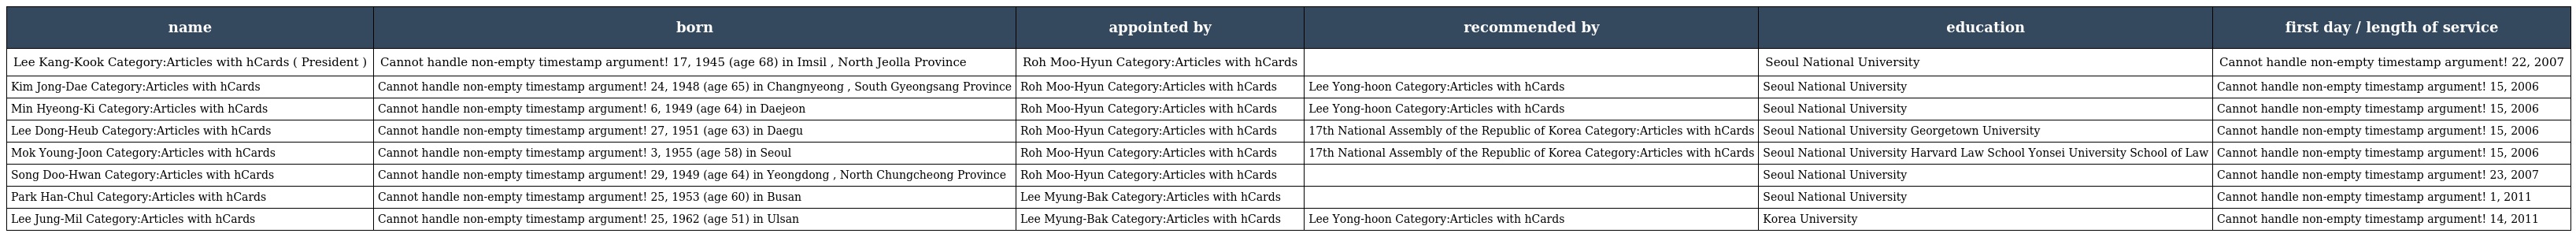
| name | born | appointed by | recommended by | education | first day / length of service |
 | --- | --- | --- | --- | --- | --- |
 | Lee Kang-Kook Category:Articles with hCards ( President ) | Cannot handle non-empty timestamp argument! 17, 1945 (age 68) in Imsil , North Jeolla Province | Roh Moo-Hyun Category:Articles with hCards |  | Seoul National University | Cannot handle non-empty timestamp argument! 22, 2007 |
 | Kim Jong-Dae Category:Articles with hCards | Cannot handle non-empty timestamp argument! 24, 1948 (age 65) in Changnyeong , South Gyeongsang Province | Roh Moo-Hyun Category:Articles with hCards | Lee Yong-hoon Category:Articles with hCards | Seoul National University | Cannot handle non-empty timestamp argument! 15, 2006 |
 | Min Hyeong-Ki Category:Articles with hCards | Cannot handle non-empty timestamp argument! 6, 1949 (age 64) in Daejeon | Roh Moo-Hyun Category:Articles with hCards | Lee Yong-hoon Category:Articles with hCards | Seoul National University | Cannot handle non-empty timestamp argument! 15, 2006 |
 | Lee Dong-Heub Category:Articles with hCards | Cannot handle non-empty timestamp argument! 27, 1951 (age 63) in Daegu | Roh Moo-Hyun Category:Articles with hCards | 17th National Assembly of the Republic of Korea Category:Articles with hCards | Seoul National University Georgetown University | Cannot handle non-empty timestamp argument! 15, 2006 |
 | Mok Young-Joon Category:Articles with hCards | Cannot handle non-empty timestamp argument! 3, 1955 (age 58) in Seoul | Roh Moo-Hyun Category:Articles with hCards | 17th National Assembly of the Republic of Korea Category:Articles with hCards | Seoul National University Harvard Law School Yonsei University School of Law | Cannot handle non-empty timestamp argument! 15, 2006 |
 | Song Doo-Hwan Category:Articles with hCards | Cannot handle non-empty timestamp argument! 29, 1949 (age 64) in Yeongdong , North Chungcheong Province | Roh Moo-Hyun Category:Articles with hCards |  | Seoul National University | Cannot handle non-empty timestamp argument! 23, 2007 |
 | Park Han-Chul Category:Articles with hCards | Cannot handle non-empty timestamp argument! 25, 1953 (age 60) in Busan | Lee Myung-Bak Category:Articles with hCards |  | Seoul National University | Cannot handle non-empty timestamp argument! 1, 2011 |
 | Lee Jung-Mil Category:Articles with hCards | Cannot handle non-empty timestamp argument! 25, 1962 (age 51) in Ulsan | Lee Myung-Bak Category:Articles with hCards | Lee Yong-hoon Category:Articles with hCards | Korea University | Cannot handle non-empty timestamp argument! 14, 2011 |